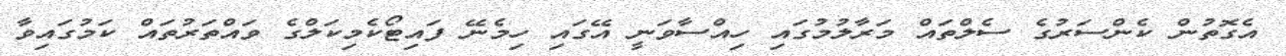
އެގޮތުން ކެންސަރުގެ ސެލްތައް މަރާލުމުގައި ހިއްސާވަނީ އޭގައި ހިމެނޭ ފައިޓޯކެމިކަލްގެ ވައްތަރުތައް ކަމުގައިވާ